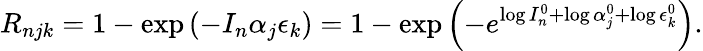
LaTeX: R_{njk}=1-\exp\left(-I_{n}\alpha_{j}\epsilon_{k}\right)=1-\exp\left(-e^{\log{I_{n}^{0}}+\log{\alpha_{j}^{0}}+\log{\epsilon_{k}^{0}}}\right).